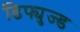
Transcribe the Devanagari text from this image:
डिफ्युज्ड